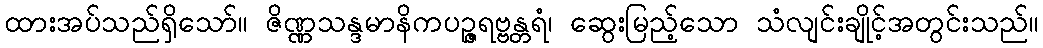
ထားအပ်သည်ရှိသော်။ ဇိဏ္ဏသန္ဒမာနိကပဉ္ဇရဗ္ဗန္တရံ၊ ဆွေးမြည့်သော သံလျင်းချိုင့်အတွင်းသည်။